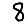
Digit: 8